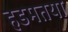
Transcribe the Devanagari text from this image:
हडमतया